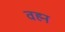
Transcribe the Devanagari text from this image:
वह्म